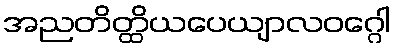
အညတိတ္ထိယပေယျာလဝဂ္ဂေါ